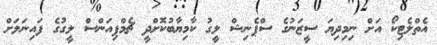
އެތްލެޓިކޯ އަށް ނިމިދިޔަ ސީޒަނުގެ ސްޕެނިޝް ލީގު ކާމިޔާބުކޮށްދީ ޗެމްޕިއަންސް ލީގުގެ ފައިނަލަށް